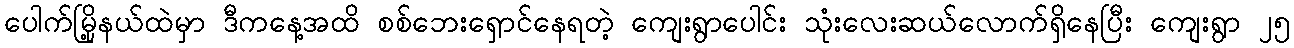
ပေါက်မြို့နယ်ထဲမှာ ဒီကနေ့အထိ စစ်ဘေးရှောင်နေရတဲ့ ကျေးရွာပေါင်း သုံးလေးဆယ်လောက်ရှိနေပြီး ကျေးရွာ ၂၅